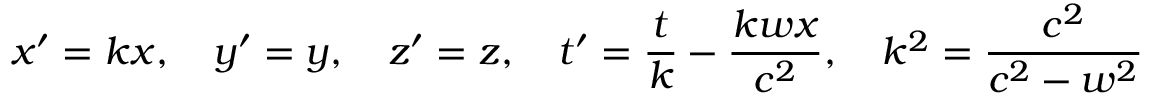
x ^ { \prime } = k x , \quad y ^ { \prime } = y , \quad z ^ { \prime } = z , \quad t ^ { \prime } = { \frac { t } { k } } - { \frac { k w x } { c ^ { 2 } } } , \quad k ^ { 2 } = { \frac { c ^ { 2 } } { c ^ { 2 } - w ^ { 2 } } }